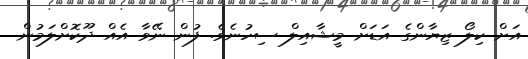
އަށް ކިލޯ ޒިޔާންގެ އަޑަށް މީޝާއިލް ސިހުނެވެ. ފުން ނޭވާ އެއް ދޫކޮށްލަމުން